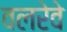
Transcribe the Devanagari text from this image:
वलरेवे